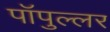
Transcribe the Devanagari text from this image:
पॉपुल्लर